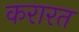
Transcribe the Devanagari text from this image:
करारत